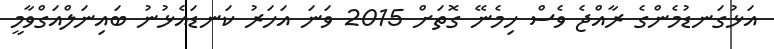
އަޅުގަނޑުމެންގެ ރާއްޖެ ވެސް ހިމެނޭ ގޮތަށް 2015 ވަނަ އަހަރު ކަނޑައެޅުނު ބައިނަލްއަގްވާމީ